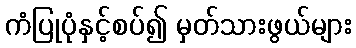
ကံပြုပုံနှင့်စပ်၍ မှတ်သားဖွယ်များ